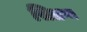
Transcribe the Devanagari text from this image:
सिलग्न